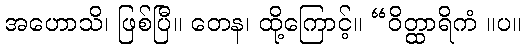
အဟောသိ၊ ဖြစ်ပြီ။ တေန၊ ထို့ကြောင့်။ “ဝိတ္ထာရိကံ ။ပ။